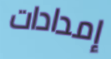
إمدادات